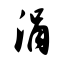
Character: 涓